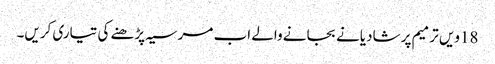
18ویں ترمیم پر شادیانے بجانے والے اب مرسیہ پڑھنے کی تیاری کریں۔